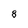
Character: 8